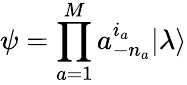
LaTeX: \psi=\prod_{a=1}^{M}a_{-n_{a}}^{i_{a}}|\lambda\rangle